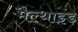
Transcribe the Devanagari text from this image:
मैल्थाइड